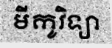
មីកូវិទ្យា